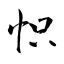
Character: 怾